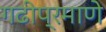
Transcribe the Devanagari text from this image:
गढीप्रमाणे